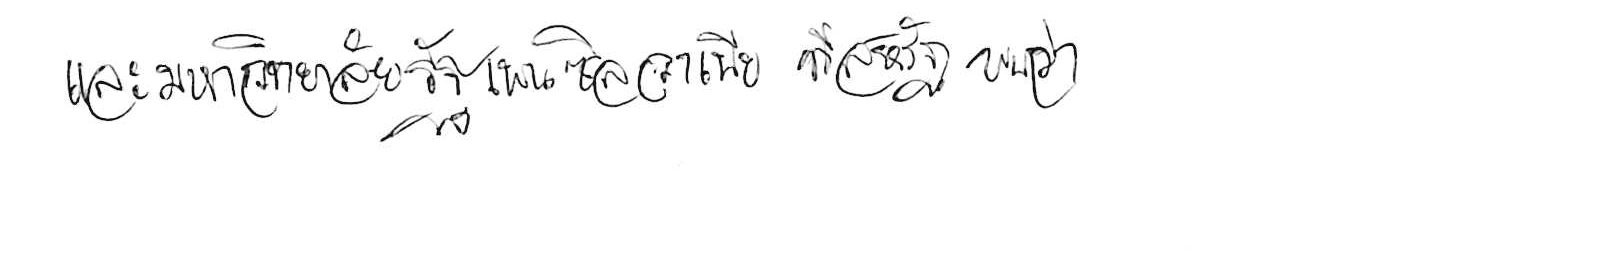
และมหาวิทยาลัยรัฐเพนซิลวาเนีย ที่สหรัฐ พบว่า